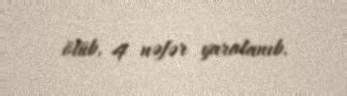
ölüb, 4 nəfər yaralanıb.